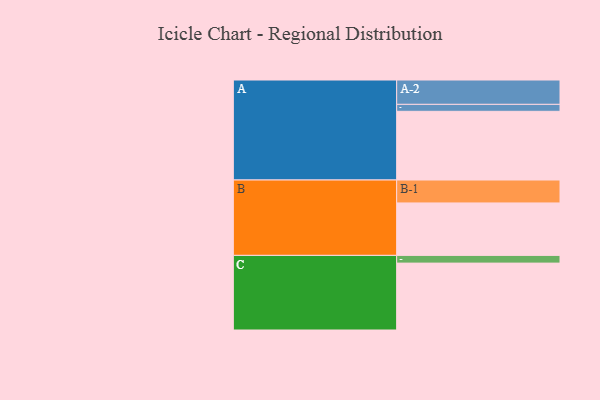
{"axis": {"x": "Segment", "y": "Value"}, "legend": ["", "A", "B", "C"], "data": [{"x": "A", "y": 533, "type": ""}, {"x": "B", "y": 407, "type": ""}, {"x": "C", "y": 519, "type": ""}, {"x": "A-1", "y": 54, "type": "A"}, {"x": "A-2", "y": 189, "type": "A"}, {"x": "B-1", "y": 178, "type": "B"}, {"x": "C-1", "y": 60, "type": "C"}]}